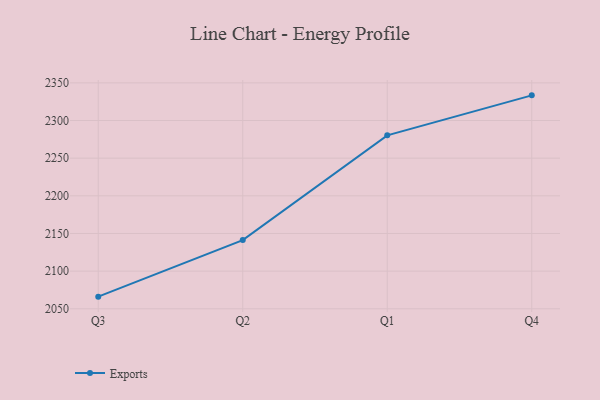
{"axis": {"x": "Quarter", "y": "Tickets Resolved"}, "legend": ["Exports"], "data": [{"x": "Q3", "y": 2066.1, "type": "Exports"}, {"x": "Q2", "y": 2141.2, "type": "Exports"}, {"x": "Q1", "y": 2280.3, "type": "Exports"}, {"x": "Q4", "y": 2333.4, "type": "Exports"}]}